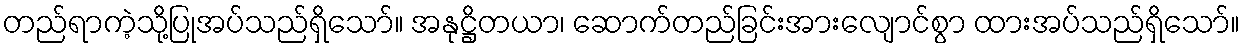
တည်ရာကဲ့သို့ပြုအပ်သည်ရှိသော်။ အနုဋ္ဌိတယာ၊ ဆောက်တည်ခြင်းအားလျောင်စွာ ထားအပ်သည်ရှိသော်။